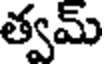
త్వమ్